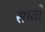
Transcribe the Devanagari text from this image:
सप्ती